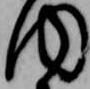
内